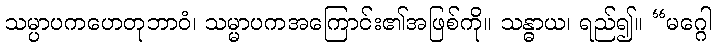
သမ္ပာပကဟေတုဘာဝံ၊ သမ္မာပကအကြောင်း၏အဖြစ်ကို။ သန္ဓာယ၊ ရည်၍။ “မဂ္ဂေါ